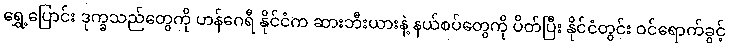
ရွှေ့ပြောင်း ဒုက္ခသည်တွေကို ဟန်ဂေရီ နိုင်ငံက ဆားဘီးယားနဲ့ နယ်စပ်တွေကို ပိတ်ပြီး နိုင်ငံတွင်း ဝင်ရောက်ခွင့်